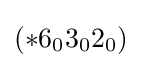
(*6_{0}3_{0}2_{0})